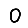
Digit: 0